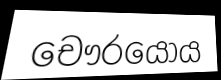
චෞරයෝය